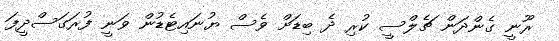
ރޫނީ ގެންދަން ޗެލްސީ ކުރި ދެ ބިޑަށް ވެސް ޔުނައިޓެޑުން ވަނީ ފުރަގަސްދީފަ